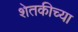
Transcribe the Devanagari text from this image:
शेतकीच्या